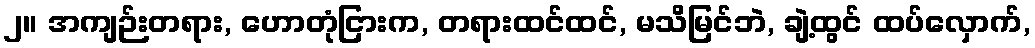
၂။ အကျဉ်းတရား, ဟောတုံငြားက, တရားထင်ထင်, မသိမြင်ဘဲ, ချဲ့ထွင် ထပ်လှောက်,